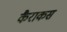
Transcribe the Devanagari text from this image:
कैराकस